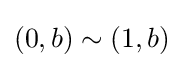
(0,b)\sim (1,b)